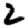
Digit: 2